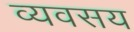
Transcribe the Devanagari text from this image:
व्यवसय